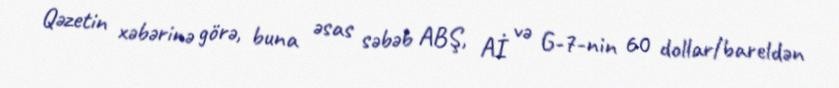
Qəzetin xəbərinə görə, buna əsas səbəb ABŞ, Aİ və G-7-nin 60 dollar/bareldən